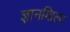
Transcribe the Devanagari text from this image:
ज्ञानशिल्प